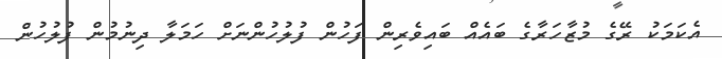
އެކަމަކު ރޭގެ މުޒާހަރާގެ ބައެއް ބައިވެރިން ފަހުން ފުލުހުންނަށް ހަމަލާ ދިނުމުން ފުލުހުން